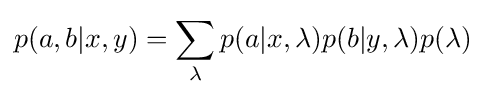
p(a,b|x,y)=\sum _{\lambda }p(a|x,\lambda )p(b|y,\lambda )p(\lambda )